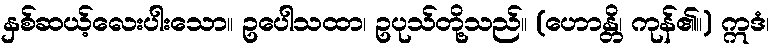
နှစ်ဆယ့်လေးပါးသော။ ဥပေါသထာ၊ ဥပုသ်တို့သည်။ (ဟောန္တိ၊ ကုန်၏။) ဣဒံ၊